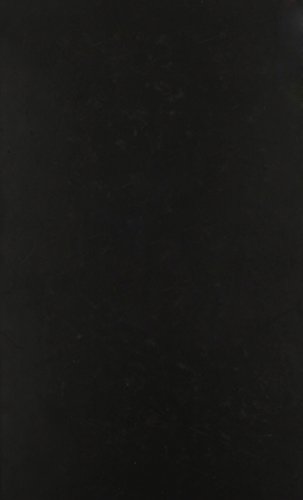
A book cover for International Litigation Procedure 2001: v. 12; Law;